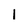
Character: l